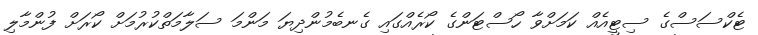
ޓެކްސަސްގެ ސިޓީއެއް ކަމަށްވާ ހޯސްޓަންގެ ކޯރެއްގައި ގެނބެމުންދިޔަ މަންމަ ސަލާމަތްކުރުމަށް ކޯރަށް ފުންމާލި